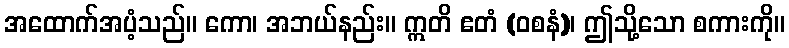
အထောက်အပံ့သည်။ ကော၊ အဘယ်နည်း။ ဣတိ ဧတံ (ဝစနံ)၊ ဤသို့သော စကားကို။